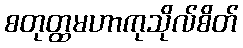
စတုတ္ထမဟာကုသိုလ်စိတ်